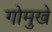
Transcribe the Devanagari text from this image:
गोमुखे